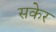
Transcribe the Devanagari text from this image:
सकेर